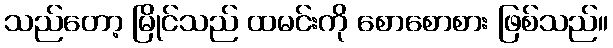
သည်တော့ မြိုင်သည် ထမင်းကို စောစောစား ဖြစ်သည်။